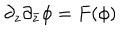
LaTeX: \partial _ { z } \partial _ { \bar { z } } \phi = F ( \phi )